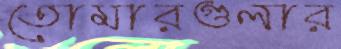
তোমারগুলার